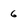
Character: 6